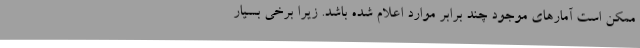
ممکن است آمارهای موجود چند برابر موارد اعلام شده باشد. زیرا برخی بسیار